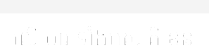
លើ មារ ទាំងអស់ គឺ ខន្ធ